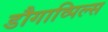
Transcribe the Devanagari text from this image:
डौगाव्पिल्स